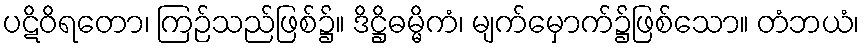
ပဋိဝိရတော၊ ကြဉ်သည်ဖြစ်၌။ ဒိဋ္ဌိဓမ္မိကံ၊ မျက်မှောက်၌ဖြစ်သော။ တံဘယံ၊